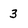
Character: 3